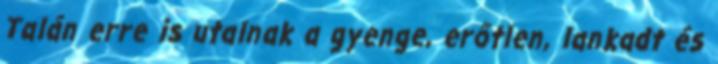
Talán erre is utalnak a gyenge, erőtlen, lankadt és